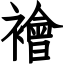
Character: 襘